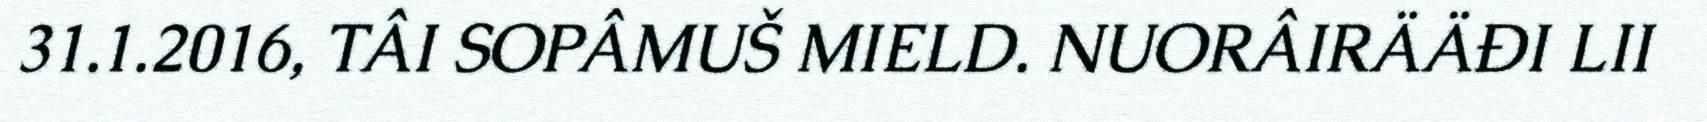
31.1.2016, TÂI SOPÂMUŠ MIELD. NUORÂIRÄÄĐI LII